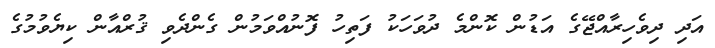
އަދި ދިވެހިރާއްޖޭގެ އަޑުން ކޮންމެ ދުވަހަކު ފަތިހު ފޮނުއްވަމުން ގެންދެވި ޤުރްއާން ކިޔެވުމުގެ